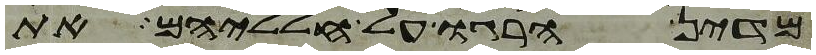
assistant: מדין הרגו על חלליהם את